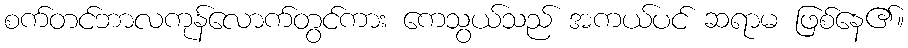
စက်တင်ဘာလကုန်လောက်တွင်ကား ကေသွယ်သည် အကယ်ပင် ဆရာမ ဖြစ်နေ၏။